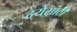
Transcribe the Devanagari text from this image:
दयेसाठी